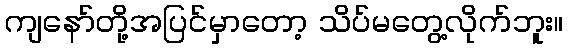
ကျနော်တို့အပြင်မှာတော့ သိပ်မတွေ့လိုက်ဘူး။